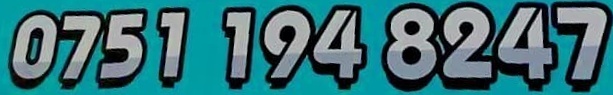
0751 194 8247